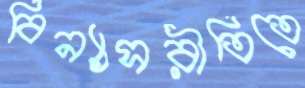
বিন্যাসরীতিতে